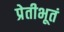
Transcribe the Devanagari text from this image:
प्रेतीभूतं